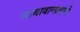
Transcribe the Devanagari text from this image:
जाधावान्प्रमाणे